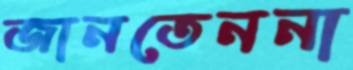
জানতেননা